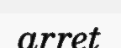
arret